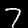
Digit: 7